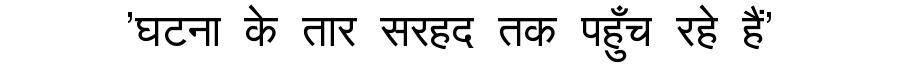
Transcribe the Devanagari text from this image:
'घटना के तार सरहद तक पहुँच रहे हैं'